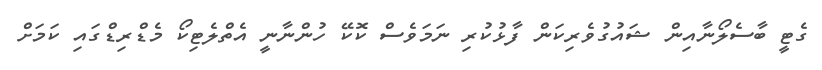
ގެޓީ ބާސެލޯނާއިން ޝައުގުވެރިކަން ފާޅުކުރި ނަމަވެސް ކޮކޭ ހުންނާނީ އެތްލެޓިކޯ މެޑްރިޑްގައި ކަމަށް